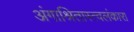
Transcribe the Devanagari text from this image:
अंगाश्रितास्त्वलंकारा